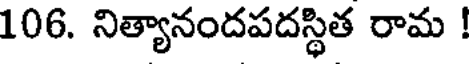
106. నిత్యానందపదస్థిత రామ !